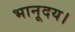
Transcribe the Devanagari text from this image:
भानूदय।